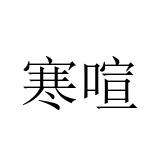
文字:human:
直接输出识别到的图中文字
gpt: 寒喧